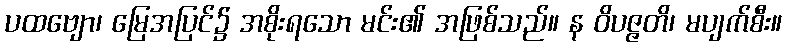
ပထဗျော၊ မြေအပြင်၌ အစိုးရသော မင်း၏ အဖြစ်သည်။ န ဝိပဇ္ဇတိ၊ မပျက်စီး။